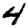
Digit: 4